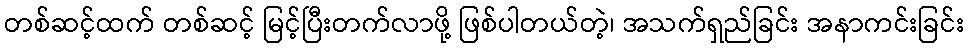
တစ်ဆင့်ထက် တစ်ဆင့် မြင့်ပြီးတက်လာဖို့ ဖြစ်ပါတယ်တဲ့၊ အသက်ရှည်ခြင်း အနာကင်းခြင်း